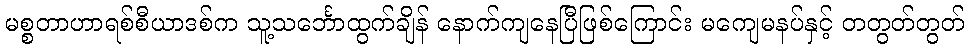
မစ္စတာဟာရစ်စီယာဒစ်က သူ့သင်္ဘောထွက်ချိန် နောက်ကျနေပြီဖြစ်ကြောင်း မကျေမနပ်နှင့် တတွတ်တွတ်